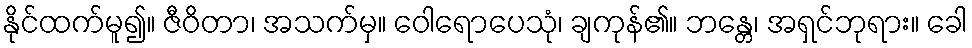
နိုင်ထက်မူ၍။ ဇီဝိတာ၊ အသက်မှ။ ဝေါရောပေသုံ၊ ချကုန်၏။ ဘန္တေ၊ အရှင်ဘုရား။ ခေါ